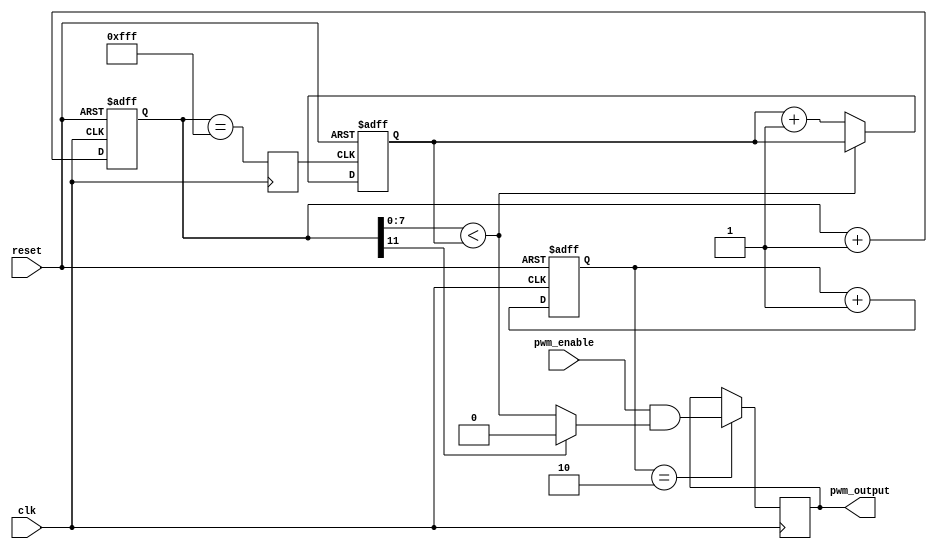
module pwm_timer (
    input wire clk,           // System clock input
    input wire reset,         // Reset signal input
    input wire pwm_enable,    // Enable signal for PWM output
    output reg pwm_output     // PWM output signal
);

// Clock divider module to generate PWM signal frequency
reg [11:0] pwm_counter;
reg pwm_clk;

always @(posedge clk or posedge reset) begin
    if (reset) begin
        pwm_counter <= 12'h000;
    end else begin
        pwm_counter <= pwm_counter + 1;
    end
end

always @(posedge clk) begin
    pwm_clk <= pwm_counter == 12'hFFF;
end

// Timer module for controlling period and duty cycle
reg [7:0] duty_cycle = 8'h80;

always @(posedge pwm_clk or posedge reset) begin
    if (reset) begin
        duty_cycle <= 8'h80;
    end else begin
        duty_cycle <= pwm_counter[7:0] < duty_cycle ? duty_cycle : duty_cycle + 1;
    end
end

// Logic for synchronizing counter with system clock
reg [1:0] sync_counter = 2'b00;

always @(posedge clk or posedge reset) begin
    if (reset) begin
        sync_counter <= 2'b00;
    end else begin
        sync_counter <= sync_counter + 1;
    end
end

always @(posedge clk) begin
    if (sync_counter == 2'b10) begin
        pwm_output <= pwm_enable & (pwm_counter[11] == 1 ? 1'b0 : pwm_counter[7:0] < duty_cycle);
    end
end

endmodule